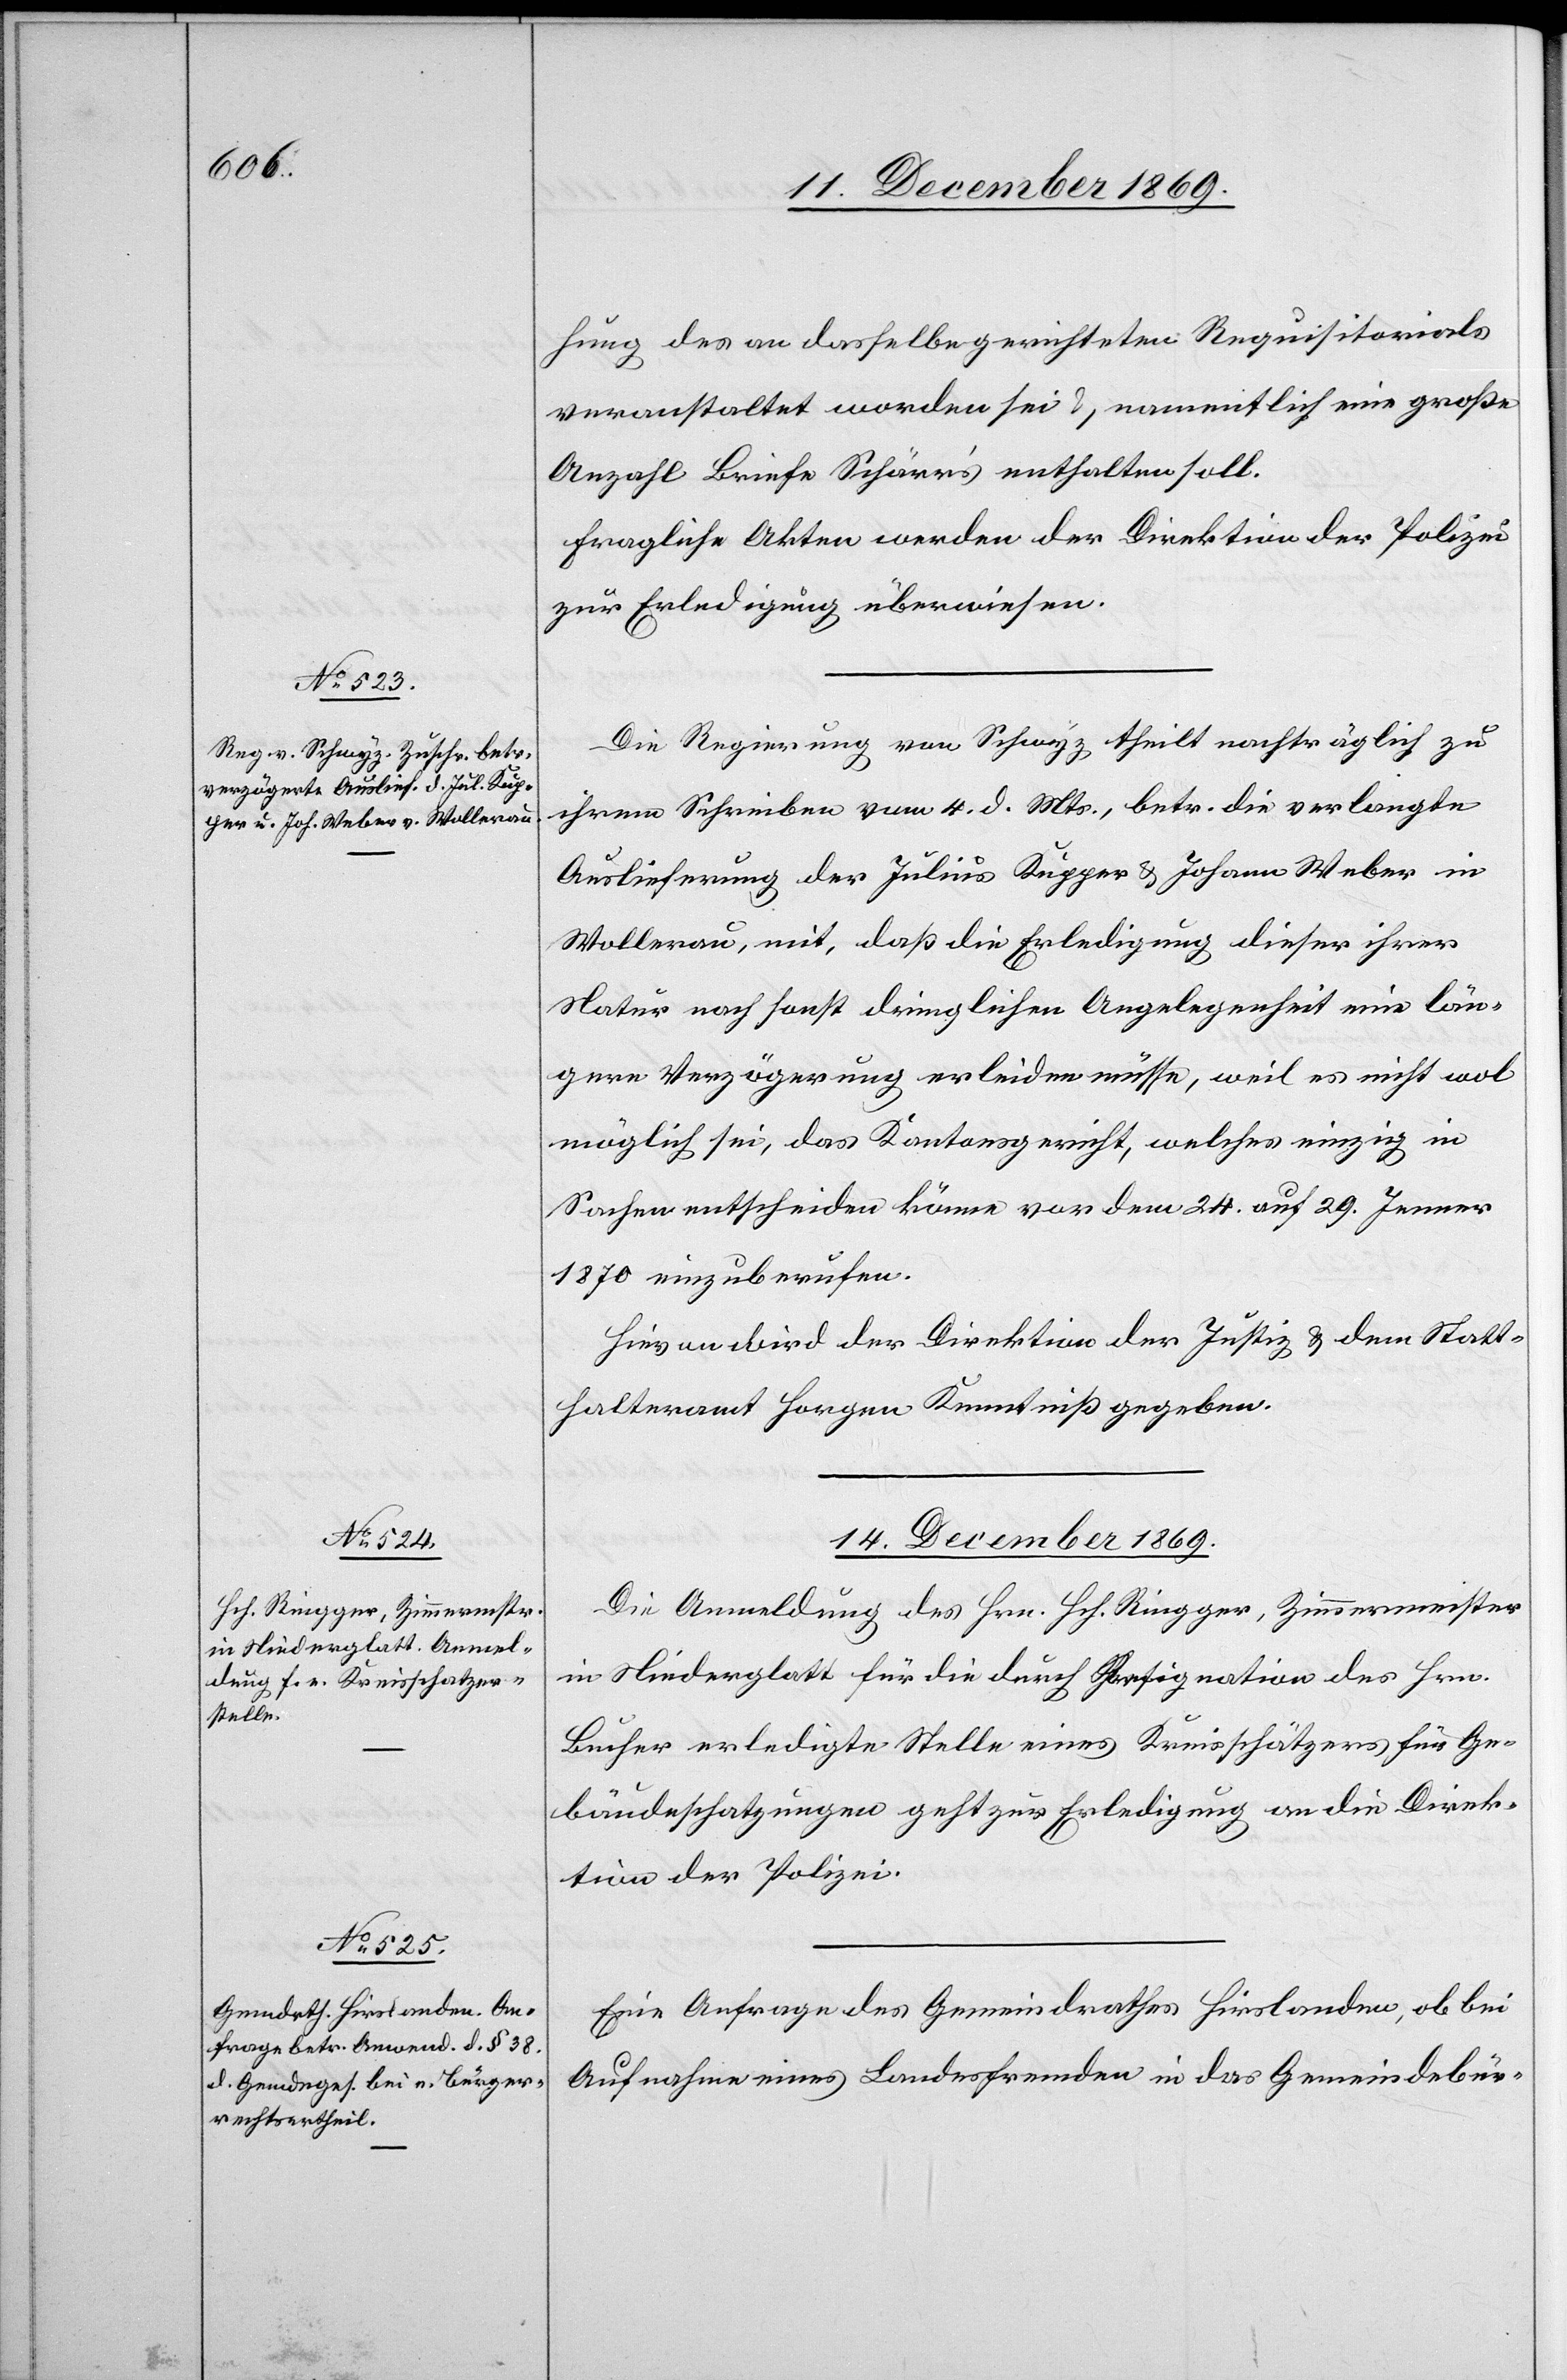
14. December 1869.]
hung des an dasselbe gerichteten Requisitorials
veranstaltet worden sei & namentlich eine große
Anzahl Briefe Schärr’s enthalten soll.
Fragliche Akten werden der Direktion der Polizei
zur Erledigung überwiesen.
Die Regierung von Schwyz theilt nachträglich zu
ihrem Schreiben vom 4. d. Mts., betr. die verlangte
Auslieferung der Julius Kupper & Johann Weber in
Wollerau, mit, daß die Erledigung dieser ihrer
Natur nach sonst dringlichen Angelegenheit eine län¬
gere Verzögerung erleiden müsse, weil es nicht wol
möglich sei, das Kantonsgericht, welches einzig in
Sachen entscheiden könne vor dem 24. auf 29. Jenner
1870 einzuberufen.
Hievon wird der Direktion der Justiz & dem Statt¬
halteramt Horgen Kenntniß gegeben.
Die Anmeldung des Hrn. Hch. Ringger, Zimmermeister
in Niederglatt für die durch Resignation des Hrn.
Bucher erledigte Stelle eines Kreisschätzers für Ge¬
bäudeschatzungen geht zur Erledigung an die Direk¬
tion der Polizei.
Eine Anfrage des Gemeindrathes Hirslanden, ob bei
Aufnahme eines Landesfremden in das Gemeindebür-